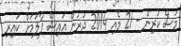
މަސް ކުރިން - 21 މެއި 2014 ދުރުން އައިސް ފާލަމަށް ކައިރި